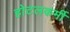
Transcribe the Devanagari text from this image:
होटलकर्मी